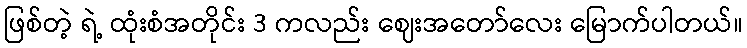
ဖြစ်တဲ့ ရဲ့ ထုံးစံအတိုင်း 3 ကလည်း ဈေးအတော်လေး မြောက်ပါတယ်။